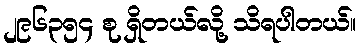
၂၉၆၃၅၄ စု ရှိတယ်လို့ သိရပါတယ်။